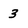
Character: 3